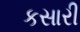
કસારી